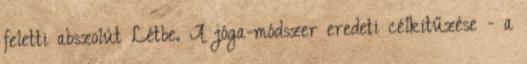
feletti abszolút Létbe. A jóga-módszer eredeti célkitűzése - a